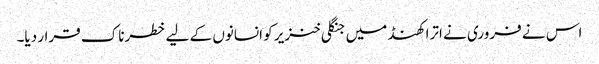
اس نے فروری نے اترا کھنڈ میں جنگلی خنزیر کو انسانوں کے لیے خطرناک قرار دیا۔